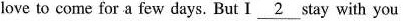
love to come for a few days. But I \underline{2} stay with you